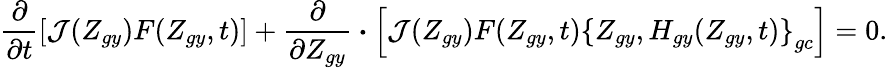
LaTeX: \frac{\partial}{\partial t}\left[{\cal J}(Z_{gy})F(Z_{gy},t)\right]+\frac{\partial}{\partial Z_{gy}}\boldsymbol{\cdot}\left[{\cal J}(Z_{gy})F(Z_{gy},t)\left\{ Z_{gy},H_{gy}(Z_{gy},t)\right\} _{gc}\right]=0.